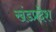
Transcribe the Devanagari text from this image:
खंडप्रदेश